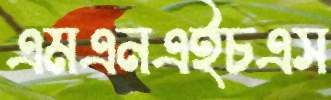
এমএনএইচএস